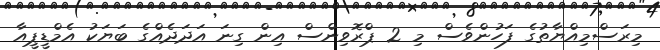
މިރަސްމިއްޔާތުގެ ފަހުންވެސް މި 2 ޕްރޮވިންސް އިން ގިނަ އަދަދެއްގެ ބަޔަކު އެމްޑީޕީއާ